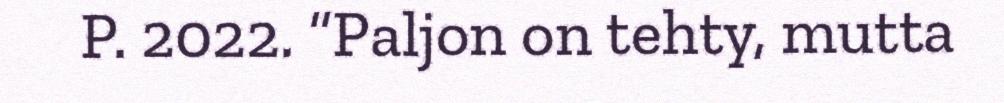
P. 2022. “Paljon on tehty, mutta